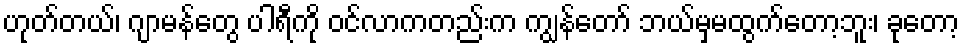
ဟုတ်တယ်၊ ဂျာမန်တွေ ပါရီကို ဝင်လာကတည်းက ကျွန်တော် ဘယ်မှမထွက်တော့ဘူး၊ ခုတော့